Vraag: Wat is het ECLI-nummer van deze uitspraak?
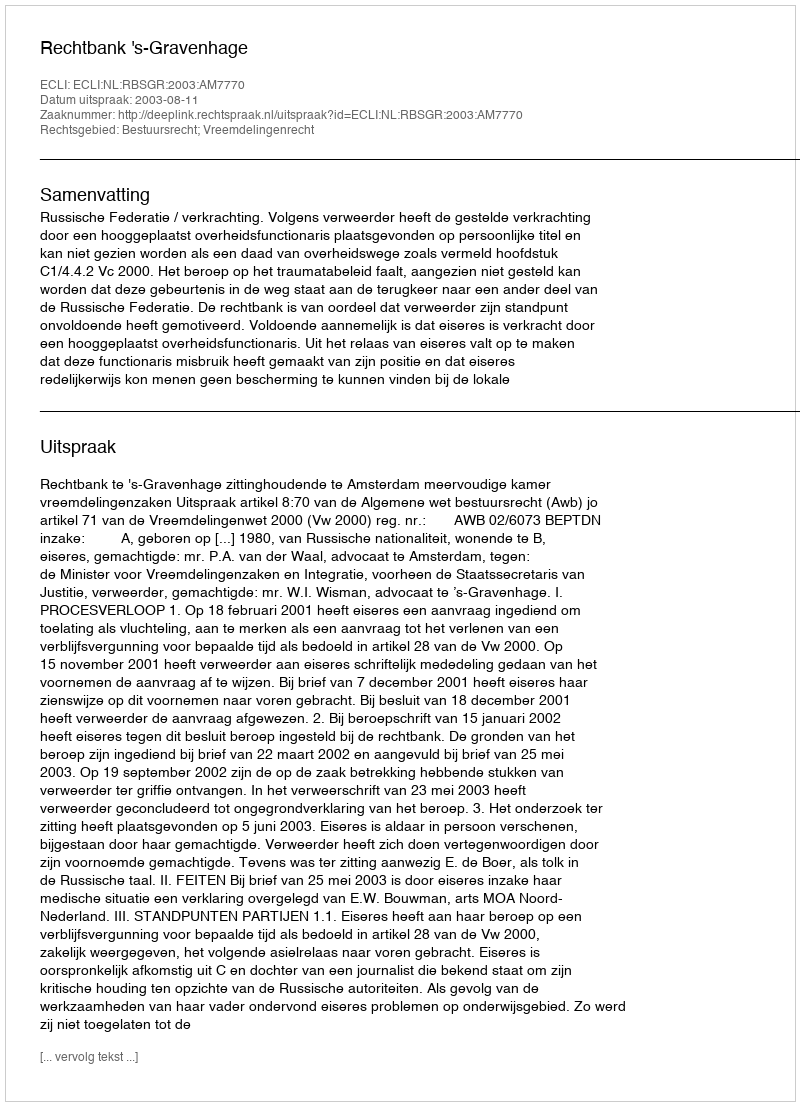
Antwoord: ECLI:NL:RBSGR:2003:AM7770